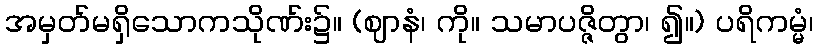
အမှတ်မရှိသောကသိုဏ်း၌။ (ဈာနံ၊ ကို။ သမာပဇ္ဇိတွာ၊ ၍။) ပရိကမ္မံ၊